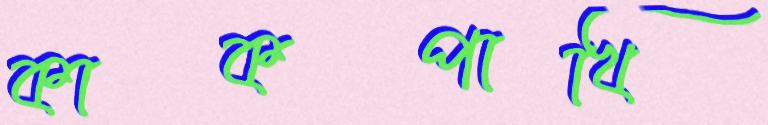
কাকপাখি